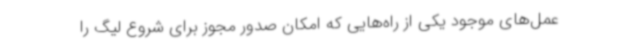
عمل‌های موجود یکی از راه‌هایی که امکان صدور مجوز برای شروع لیگ را